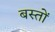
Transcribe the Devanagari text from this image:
बस्तों